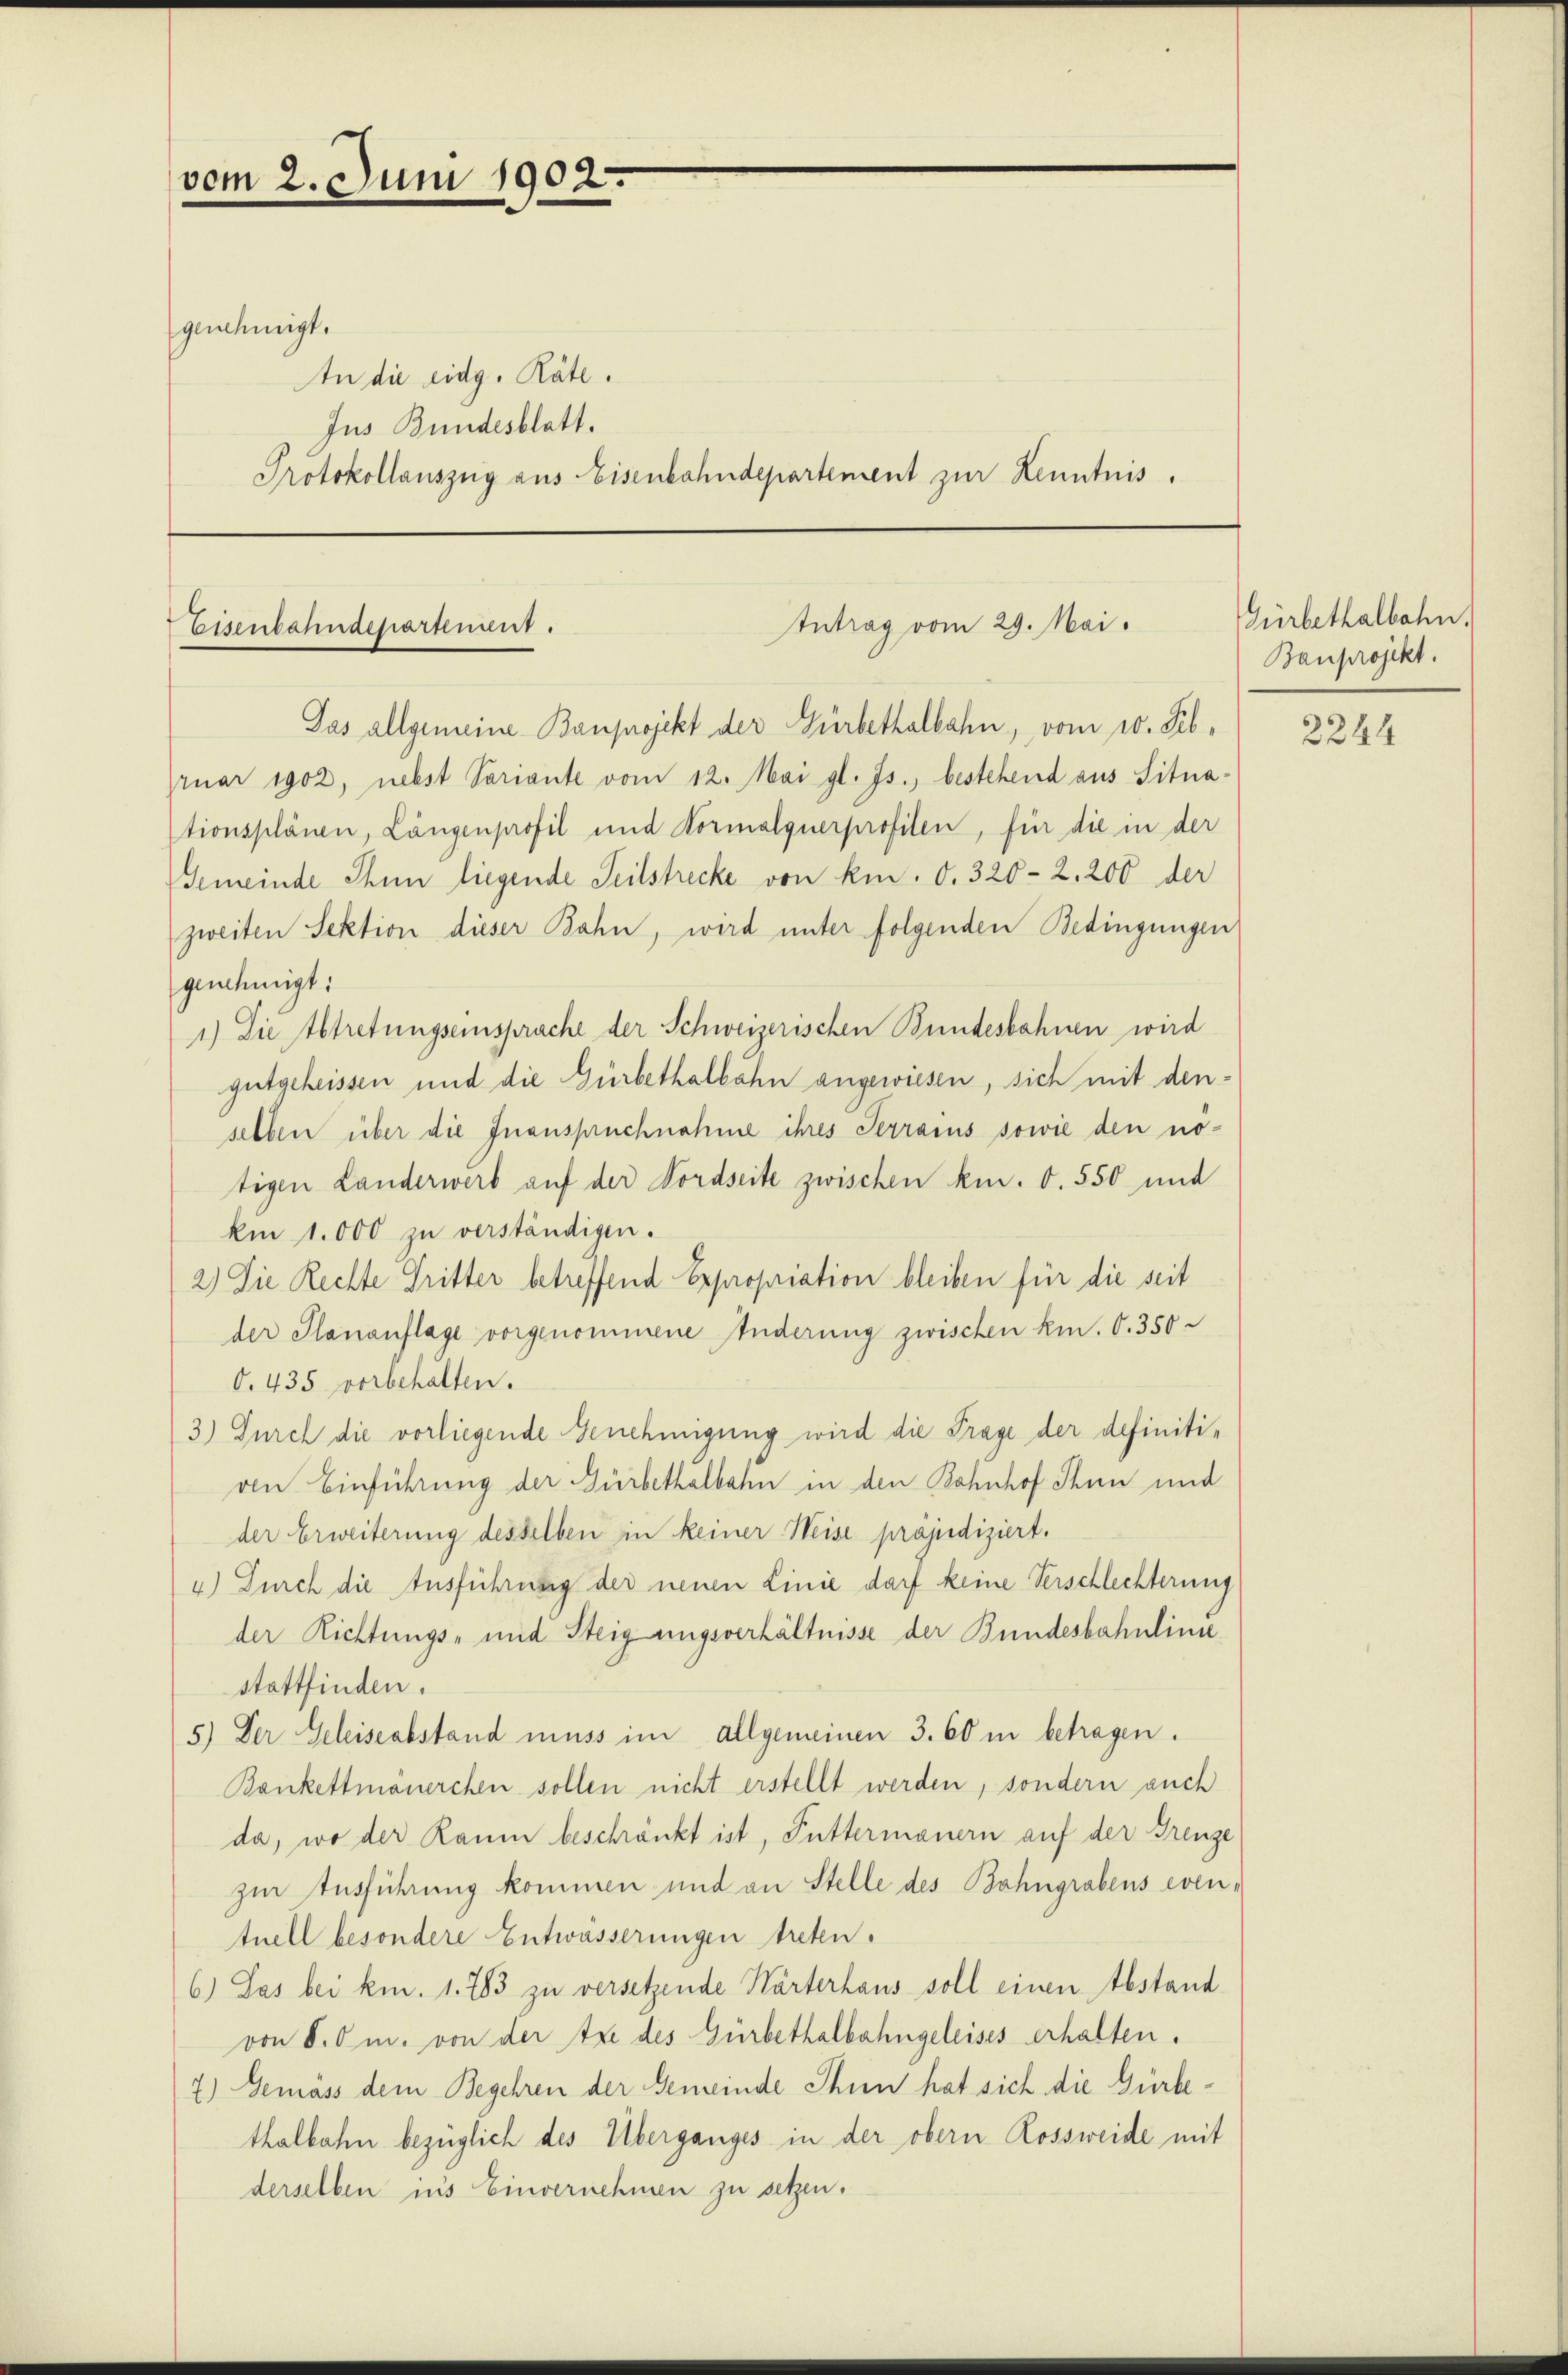
vom 2. Juni 1902.

genehmigt.
In die eidg. Räte.
Jus Bundesblatt.

Eisenbahndepartement.

Protokollauszug aus Eisenbahndepartement zur Kenntnis.

Intrag vom 29. Mai.

Jas allgemeine Bauprojekt der Gürbethalbahn, vom 10. Februar 1902, nebst Variante vom 12. Mai gl. Js., bestehend aus Situa
tionsplänen, Längenprofil und Normalguerprofilen, für die in der
Gemeinde Thun liegende Teilstrecke von km. 0. 320- 2. 200 der
zweiten Sektion dieser Bahn, wird unter folgenden Bedingungen
genehmigt:
1.) Die Abtretungseinsprache der Schweizerischen Bundesbahnen wird
gutgeheissen und die Gürbethalbahn angewiesen, sich mit denselben über die Inanspruchnahme ihres Perrains sowie den no-
tigen Landerwerb auf der Nordseite zwischen kn. 6. 550 und
ki 1.000 zŭ verständigen.
2) Die Rechte Dritter betreffend Expropriation bleiben für die seit
der Plananflage vorgenommene Anderung zwischen kin. O. 350
O. 435 vorbehalten.
3.) Durch die vorliegende Genehmigung wird die Frage der definitiven Einführung der Gürbethalbahn in den Bahnhof Thun und
der Erweiterung desselben in keiner Heise präjudiziert.
4.) Durch die Ausführung der neuen Linie darf keine Verschlechterung
der Richtungs- und Steigungsverhältnisse der Bundesbahnlini
stattfinden.
5.) Der Geleise abstand muss im allgemeinen 3. 60 in betragen.
Bankettmanerchen sollen nicht erstellt werden, sondern auch
da, wo der Raum beschränkt ist, Futtermanern auf der Grenze
zur Ausführung kommen und an Stelle des Bahngrabens eventuell besondere Entwässerungen treten.
6.) Das bei km. 1. 783 zu versetzende Wärterhaus soll einen Abstand
von 8. O m. von der tre des Gürbethalbahngeleises erhalten.
7) Gemäss dem Begehren der Gemeinde Ihnen hat sich die Gürbethalbahn bezüglich des Überganges in der obern Rossweide mit
derselben in’s Einvernehmen zu setzen.

Gürbethalbahn.
Bauprojekt.

2244